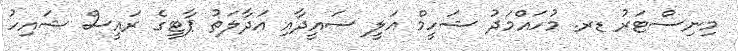
މިނިސްޓަރު ޑރ. މުހައްމަދު ޝަހީމް އަލީ ސައީދާއި އަދާލަތު ޕާޓީގެ ރައީސް ޝައިހު